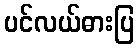
ပင်လယ်ဓားပြ